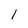
Character: l